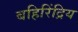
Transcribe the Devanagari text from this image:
बहिरिंद्रिय